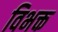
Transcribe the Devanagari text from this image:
विभक्त